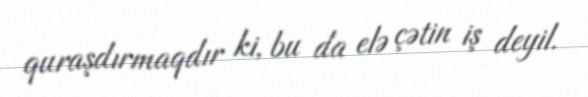
quraşdırmaqdır ki, bu da elə çətin iş deyil.